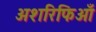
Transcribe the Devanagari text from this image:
अशरिफिआँ